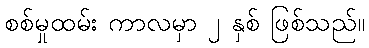
စစ်မှုထမ်း ကာလမှာ ၂ နှစ် ဖြစ်သည်။